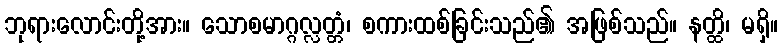
ဘုရားလောင်းတို့အား။ သောစမာဂ္ဂလ္လတ္တံ၊ စကားထစ်ခြင်းသည်၏ အဖြစ်သည်။ နတ္ထိ၊ မရှိ။